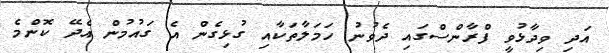
އަދި ވިދާޅުވީ ފްރާންްސްގައި ދެވުނު ހަމަލާތަކާއި ގުޅިގެން އެ ގައުމުން އެދޭ ކޮންމެ